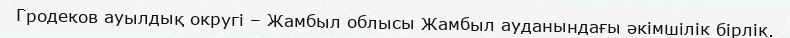
Гродеков ауылдық округі – Жамбыл облысы Жамбыл ауданындағы әкімшілік бірлік.